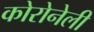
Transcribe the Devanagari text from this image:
कोरोनेली